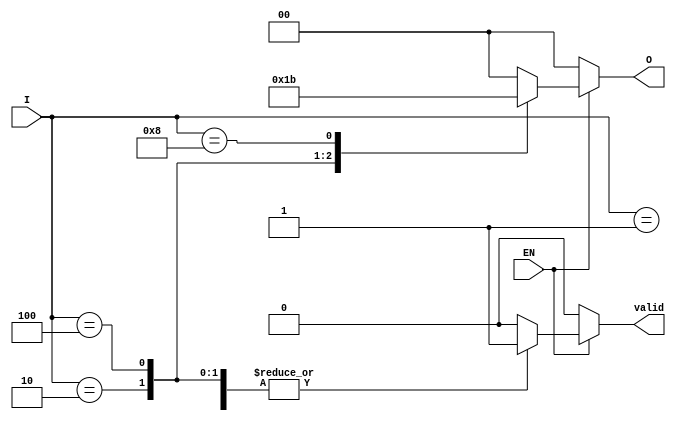
module one_of_n_encoder #(
    parameter N = 4  // Number of inputs (must be a power of 2)
)(
    input wire [N-1:0] I,  // N input lines
    input wire EN,         // Enable signal
    output reg [clog2(N)-1:0] O, // Output lines (log2(N) bits)
    output reg valid       // Indicates if the output is valid
);

    // Function to calculate log2 of N
    function integer clog2;
        input integer value;
        begin
            value = value - 1;
            for (clog2 = 0; value > 0; clog2 = clog2 + 1)
                value = value >> 1;
        end
    endfunction

    always @(*) begin
        if (!EN) begin
            O = {clog2(N){1'b0}}; // All outputs zero if not enabled
            valid = 0;            // Output is not valid
        end else begin
            case (I)
                4'b0001: begin O = 2'b00; valid = 1; end
                4'b0010: begin O = 2'b01; valid = 1; end
                4'b0100: begin O = 2'b10; valid = 1; end
                4'b1000: begin O = 2'b11; valid = 1; end
                default: begin O = {clog2(N){1'b0}}; valid = 0; end // Undefined state
            endcase
        end
    end

endmodule